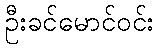
ဦးခင်မောင်ဝင်း